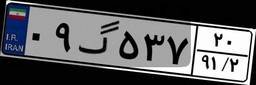
۷۸گ۷۵۰۸۰